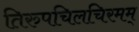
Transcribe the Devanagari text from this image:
तिरुपचिलचिरमम्